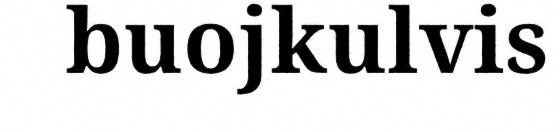
buojkulvis